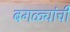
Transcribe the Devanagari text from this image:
बगळ्यांची